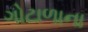
ગોટાળાના